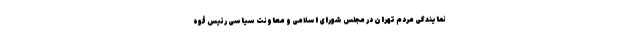
نمایندگی مردم تهران در مجلس شورای اسلامی و معاونت سیاسی رئیس قوه